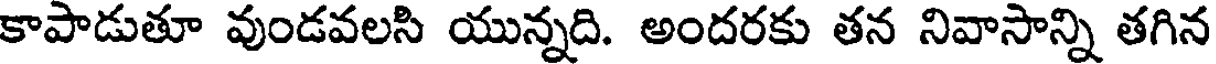
కాపాడుతూ వుండవలసి యున్నది. అందరకు తన నివాసాన్ని తగిన